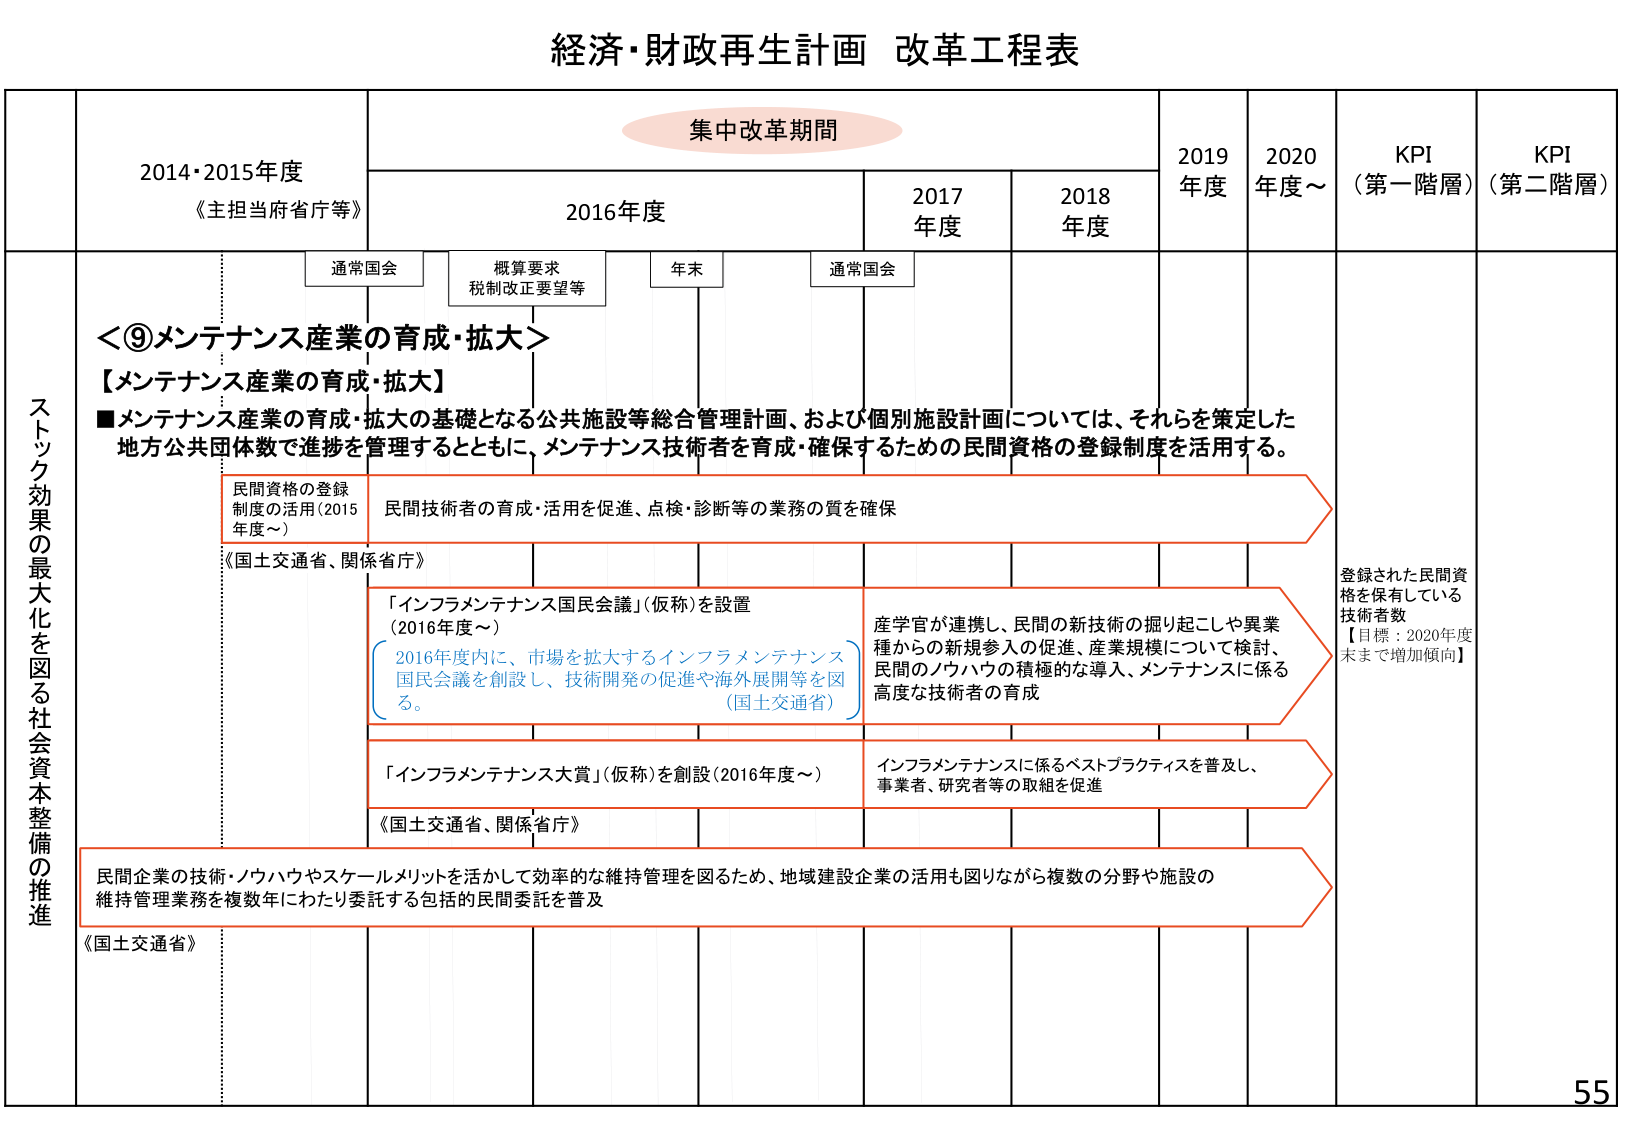
経済・財政再生計画 改革工程表

集中改革期間

2014・2015年度
《主担当府省庁等》

2016年度

2017年度

2018年度

2019年度

2020年度～

KPI（第一階層）

KPI（第二階層）

通常国会

概算要求
税制改正要望等

年末

通常国会

ストック効果の最大化を図る社会資本整備の推進

＜⑨メンテナンス産業の育成・拡大＞

【メンテナンス産業の育成・拡大】

■メンテナンス産業の育成・拡大の基礎となる公共施設等総合管理計画、および個別施設計画については、それらを策定した地方公共団体数で進捗を管理するとともに、メンテナンス技術者を育成・確保するための民間資格の登録制度を活用する。

民間資格の登録制度の活用（2015年度～）

民間技術者の育成・活用を促進、点検・診断等の業務の質を確保

《国土交通省、関係省庁》

「インフラメンテナンス国民会議」（仮称）を設置（2016年度～）

2016年度内に、市場を拡大するインフラメンテナンス国民会議を創設し、技術開発の促進や海外展開等を図る。（国土交通省）

産学官が連携し、民間の新技術の掘り起こしや異業種からの新規参入の促進、産業規模について検討、民間のノウハウの積極的な導入、メンテナンスに係る高度な技術者の育成

登録された民間資格を保有している技術者数
【目標：2020年度末まで増加傾向】

「インフラメンテナンス大賞」（仮称）を創設（2016年度～）

インフラメンテナンスに係るベストプラクティスを普及し、事業者、研究者等の取組を促進

《国土交通省、関係省庁》

民間企業の技術・ノウハウやスケールメリットを活かして効率的な維持管理を図るため、地域建設企業の活用も図りながら複数の分野や施設の維持管理業務を複数年にわたり委託する包括的民間委託を普及

《国土交通省》

55